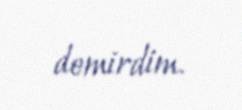
demirdim.